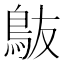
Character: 𬷀